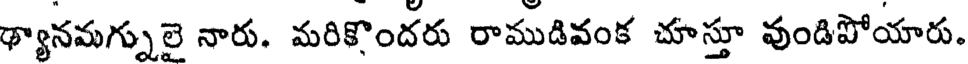
థ్యానమగ్నులై నారు. మరికొందరు రాముడివంక చూస్తూ వుండిపోయారు.